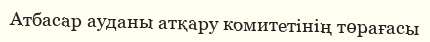
Атбасар ауданы атқару комитетінің төрағасы